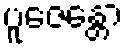
ပူဇေန္တော